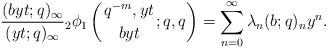
LaTeX: \begin{align*}\frac{( byt; q)_\infty}{(yt; q)_\infty}{_2\phi_1}\left({{q^{-m}, yt}\atop{byt}}; q, q \right)=\sum_{n=0}^\infty \lambda_n (b; q)_n y^n. \end{align*}